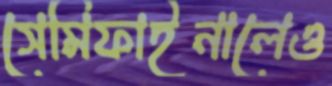
সেমিফাইনালেও